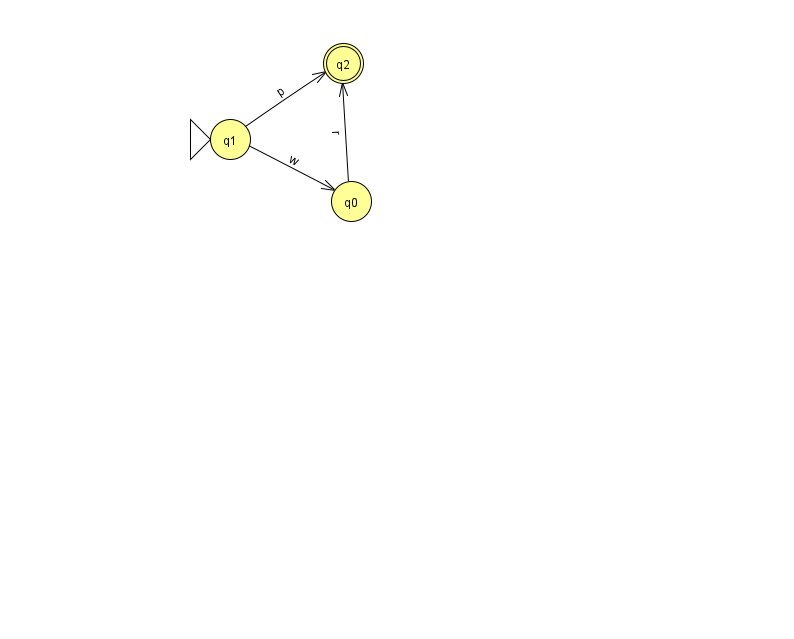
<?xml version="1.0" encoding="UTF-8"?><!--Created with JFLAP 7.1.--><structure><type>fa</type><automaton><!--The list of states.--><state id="0" name="q0"><x>351.0</x><y>188.0</y></state><state id="1" name="q1"><x>230.0</x><y>126.0</y><initial/></state><state id="2" name="q2"><x>343.0</x><y>50.0</y><final/></state><!--The list of transitions.--><transition><from>1</from><to>2</to><read>p</read></transition><transition><from>0</from><to>2</to><read>r</read></transition><transition><from>1</from><to>0</to><read>w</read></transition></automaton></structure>